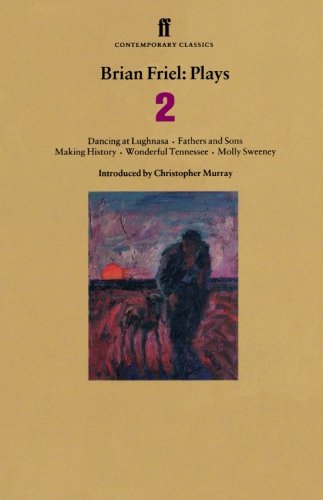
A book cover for Brian Friel: Plays 2: Dancing at Lughnasa, Fathers and Sons, Making History, Wonderful Tennessee and Molly Sweeney (Contemporary Classics (Faber & Faber)) (v. 2); Brian Friel; Literature & Fiction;